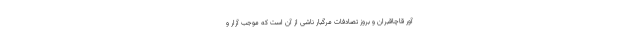
آور قاچاقبران و بروز تصادفات مرگبار ناشی از آن است که موجب آزار و